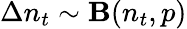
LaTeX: \Delta n_{t}\sim{\mathbf B}(n_{t},p)